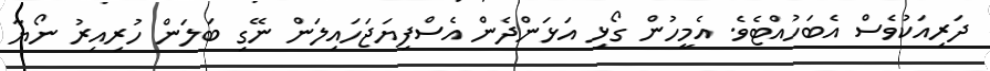
ދަރިއަކުވެސް އެބަހުއްޓެވެ. އެމީހުން ގޯޅި އަޅަންދެން އެސްފިޔަޖަހައިލަން ނޭގި ބަލަން ހުރިއިރު ނޯޔާ